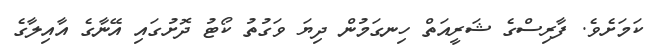
ކަމަށެވެ. ފާރިސްގެ ޝަރީއަތް ހިނގަމުން ދިޔަ ވަގުތު ކޯޓު ދޮށުގައި އޭނާގެ އާއިލާގެ